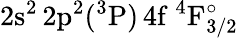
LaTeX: \mathrm{2s^{2}\, 2p^{2}(^{3}P)\, 4f~^{4}F_{3/2}^{\circ}}